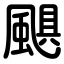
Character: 颶